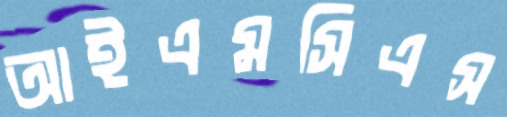
আইএমসিএস